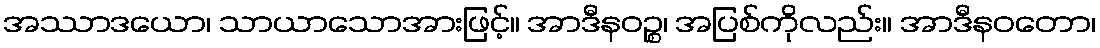
အဿာဒယော၊ သာယာသောအားဖြင့်။ အာဒီနဝဉ္စ၊ အပြစ်ကိုလည်း။ အာဒီနဝတော၊